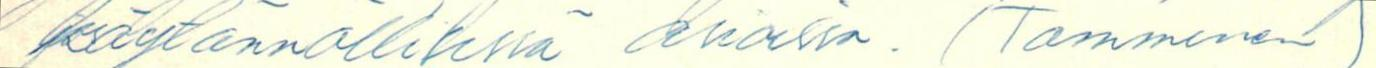
käytännöllisissä asioissa. (Tamminen)